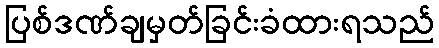
ပြစ်ဒဏ်ချမှတ်ခြင်းခံထားရသည်